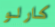
كارلو